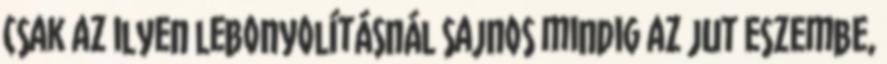
csak az ilyen lebonyolításnál sajnos mindig az jut eszembe,